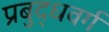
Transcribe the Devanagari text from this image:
प्रबुद्धवर्ग